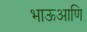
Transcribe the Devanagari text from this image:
भाऊआणि